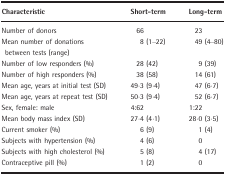
<table><thead><tr><td><b>Characteristic</b></td><td><b>Short‐term</b></td><td><b>Long‐term</b></td></tr></thead><tbody><tr><td>Number of donors</td><td>66</td><td>23</td></tr><tr><td>Mean number of donations between tests (range)</td><td>8 (1–22)</td><td>49 (4–80)</td></tr><tr><td>Number of low responders (%)</td><td>28 (42)</td><td>9 (39)</td></tr><tr><td>Number of high responders (%)</td><td>38 (58)</td><td>14 (61)</td></tr><tr><td>Mean age, years at initial test (SD)</td><td>49·3 (9·4)</td><td>47 (6·7)</td></tr><tr><td>Mean age, years at repeat test (SD)</td><td>50·3 (9·4)</td><td>52 (6·7)</td></tr><tr><td>Sex, female: male</td><td>4:62</td><td>1:22</td></tr><tr><td>Mean body mass index (SD)</td><td>27·4 (4·1)</td><td>28·0 (3·5)</td></tr><tr><td>Current smoker (%)</td><td>6 (9)</td><td>1 (4)</td></tr><tr><td>Subjects with hypertension (%)</td><td>4 (6)</td><td>0</td></tr><tr><td>Subjects with high cholesterol (%)</td><td>5 (8)</td><td>4 (17)</td></tr><tr><td>Contraceptive pill (%)</td><td>1 (2)</td><td>0</td></tr></tbody></table>